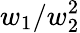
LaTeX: w_{1}/w_{2}^{2}